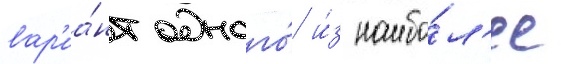
вар'иа́нт одного́ и́з наибо́л'ее